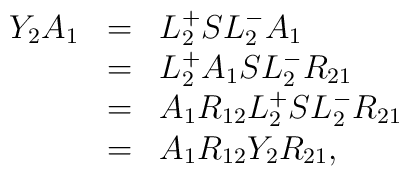
\begin{array}{rcl}Y_2 A_1 & = & L^+_2 SL^-_2 A_1\\        & = & L^+_2 A_1 SL^-_2 R_{21}\\        & = & A_1 R_{12} L^+_2 SL^-_2 R_{21}\\        & = & A_1 R_{12} Y_2 R_{21},\end{array}